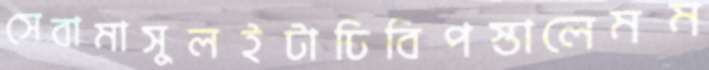
সেবামাসুলইটাঢিবিপস্তালেমম